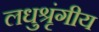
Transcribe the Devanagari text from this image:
लधुश्रृंगीय